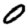
Digit: 0